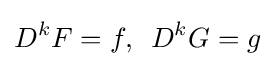
D^{k}F=f,\,\,\,D^{k}G=g